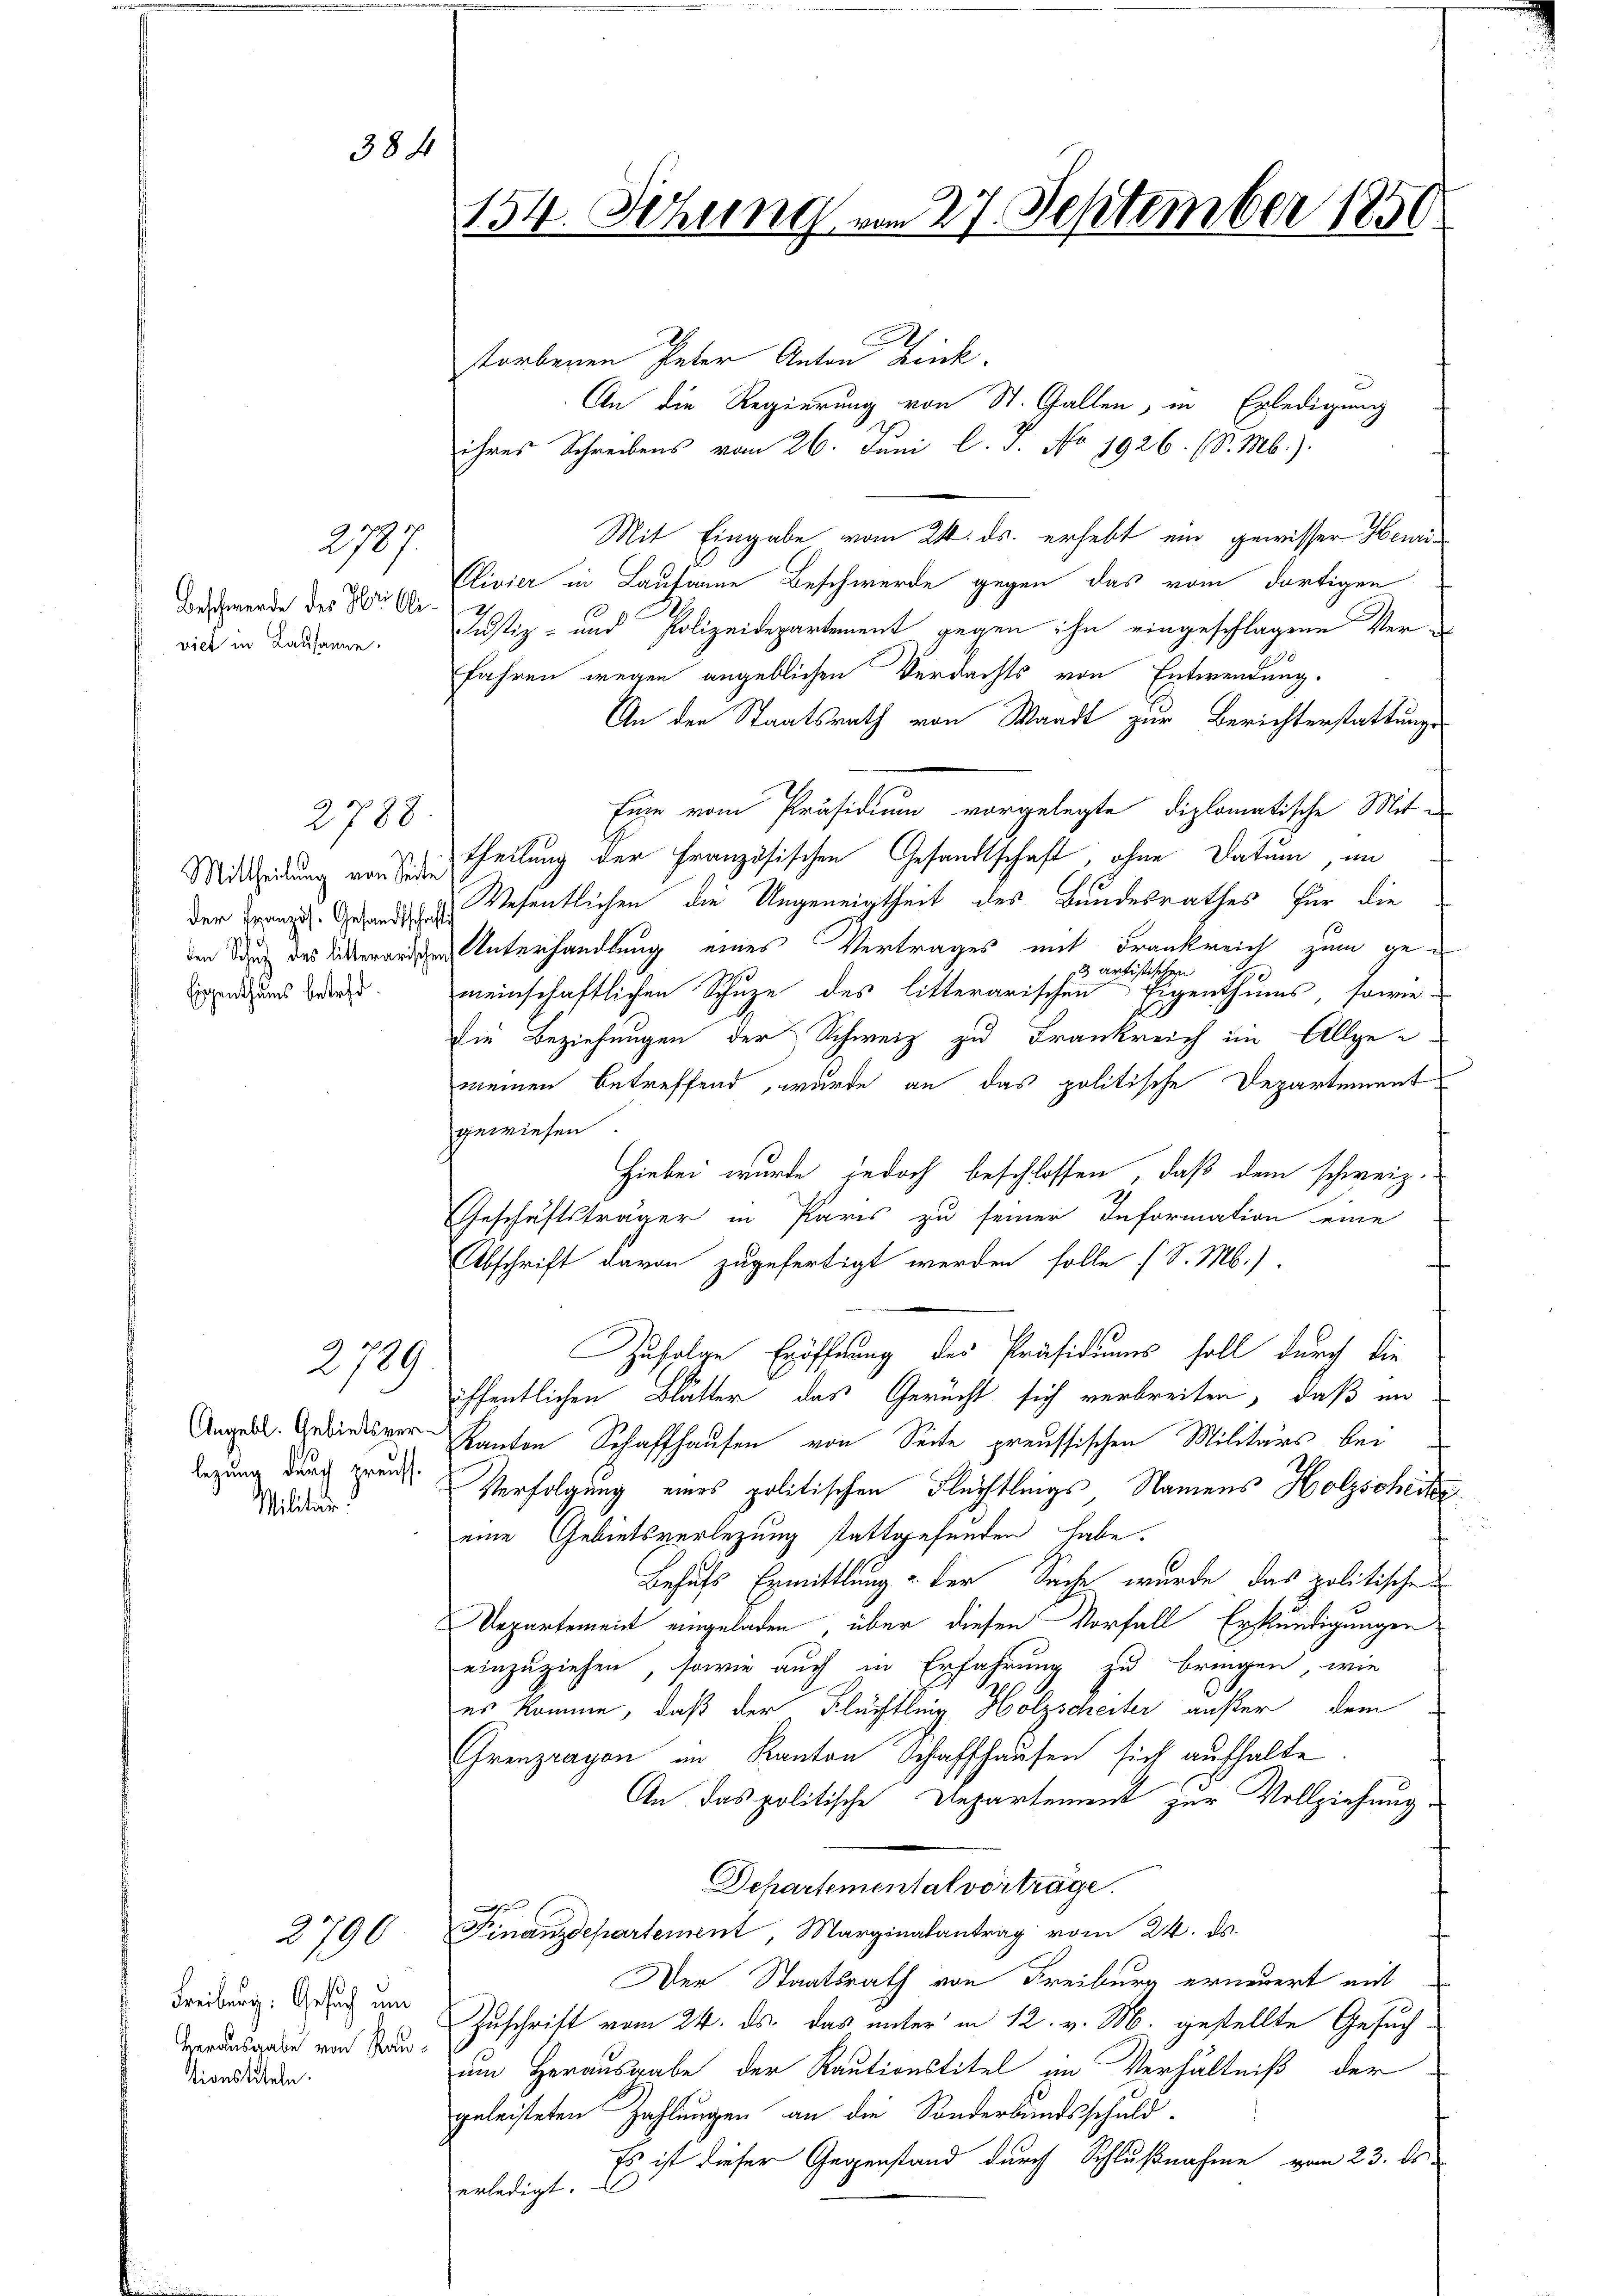
384

154. Sitzung vom 27. September 1850.

storbenen Peter Anton Link.
An die Regierung von St. Gallen, in Erledigung
ihres Schreibens vom 26. Juni l. J. No 1926. (S. Mb.).
Mit Eingabe vom 24. ds. erhebt ein gewisser Herri¬
Clivier in Lausanne Beschwerde gegen das vom dortigen
Justiz- und Polizeidepartement gegen ihn eingeschlagene Verfahren wegen angeblichen Verdachts von Entwendung.
An den Staatsrath von Waadt zur Berichterstattungs¬
Eine vom Präsidium vorgelegte diplomatische Mit-
theilung der Französischen Gesandtschaft, ohne Datum, in
der Franz. Ges. Wesentlichen die Ungeneigtheit des Bundesrathes für die
den Du des anden Unterhandlung eines Vertrages mit Frankreich zum ge¬
3 artistischen
meinschaftlichen Schuze des litterarischen Eigenthums, sowie
Die Beziehungen der Schweiz zu Frankreich im Allge-
meinen betreffend, wurde an das politische Departement
gewiesen
Hiebei wurde jedoch beschlossen, daß dem schweiz.
Geschäftsträger in Paris zu seiner Information eine
Abschrift davon zugefertigt werden solle (S. M.).
Zufolge Eröffnung der Präsidiums soll durch die
öffentlichen Blätter das Gericht sich verbreiten, daß im
Kanton Schaffhausen von Seite preussischen Militärs bei
Verfolgung eines politischen Flüchtlings Namens Holzschicke
eine Gebietsverlegung stattgefunden habe.
Behufs Ermittlung - der Sache wurde das politischen
Departement eingeladen über diesen Vorfall Erkundigungen
einzuziehen, sowie auch in Erfahrung zu bringen, wie
es komme, daß der Flüchtling Holzscheiter außer dem
Grenzragen im Kanton Schaffhausen sich aufhalte.
An das politische Departement zur Vollziehung
Departemental vorträge.
s
Finanzdepartement, Marginalantrag vom 24. ds.
Der Staatsrath von Freiburg erneuert mit
Zuschrift vom 24. ds. das unter in 12. v. M. gestellte Gesuch-
um Herausgabe der Rautionstitel im Verhältniß der
geleisteten Zahlungen an die Sonderbandsschuld-
Es ist dieser Gegenstand durch Schlußnahme vom 23. ds.
erledigt.

2787.
Beschwerde des Hr. Beiviel in Lausanne.

2788.

Mittheilung von Seite
Eigenthums betreff.

2709

Angebl. Gebietsverlegung durch preuss.
Militär

2790

Freiburg: Gesuch um
Herausgabe von Rautionstiteln.